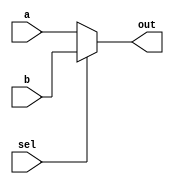
module top_module (
	input [99:0] a,
	input [99:0] b,
	input sel,
	output [99:0] out
);

	assign out = sel ? b : a;
	
	// The following doesn't work. Why?
	// assign out = (sel & b) | (~sel & a);
	
endmodule